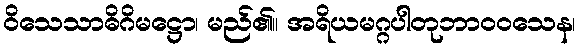
ဝိသေသာဓိဂိမဋ္ဌော၊ မည်၏။ အရိယမဂ္ဂပါတုဘာဝဝသေန၊